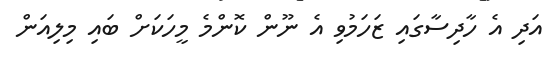
އަދި އެ ހާދިސާގައި ޒަހަމުވި އެ ނޫން ކޮންމެ މީހަކަށް ބައި މިލިއަން